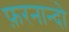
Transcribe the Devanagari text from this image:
फ़रनान्दो